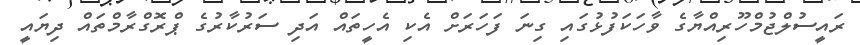
ރައީސުލްޖުމްހޫރިއްޔާގެ ވާހަކަފުޅުގައި ގިނަ ފަހަރަށް އެކި އެހީތައް އަދި ސަރުކާރުގެ ޕްރޮގްރާމްތައް ދިޔައީ